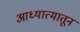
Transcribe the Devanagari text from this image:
आध्यात्मातून